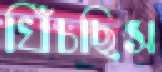
খিঁচছিস